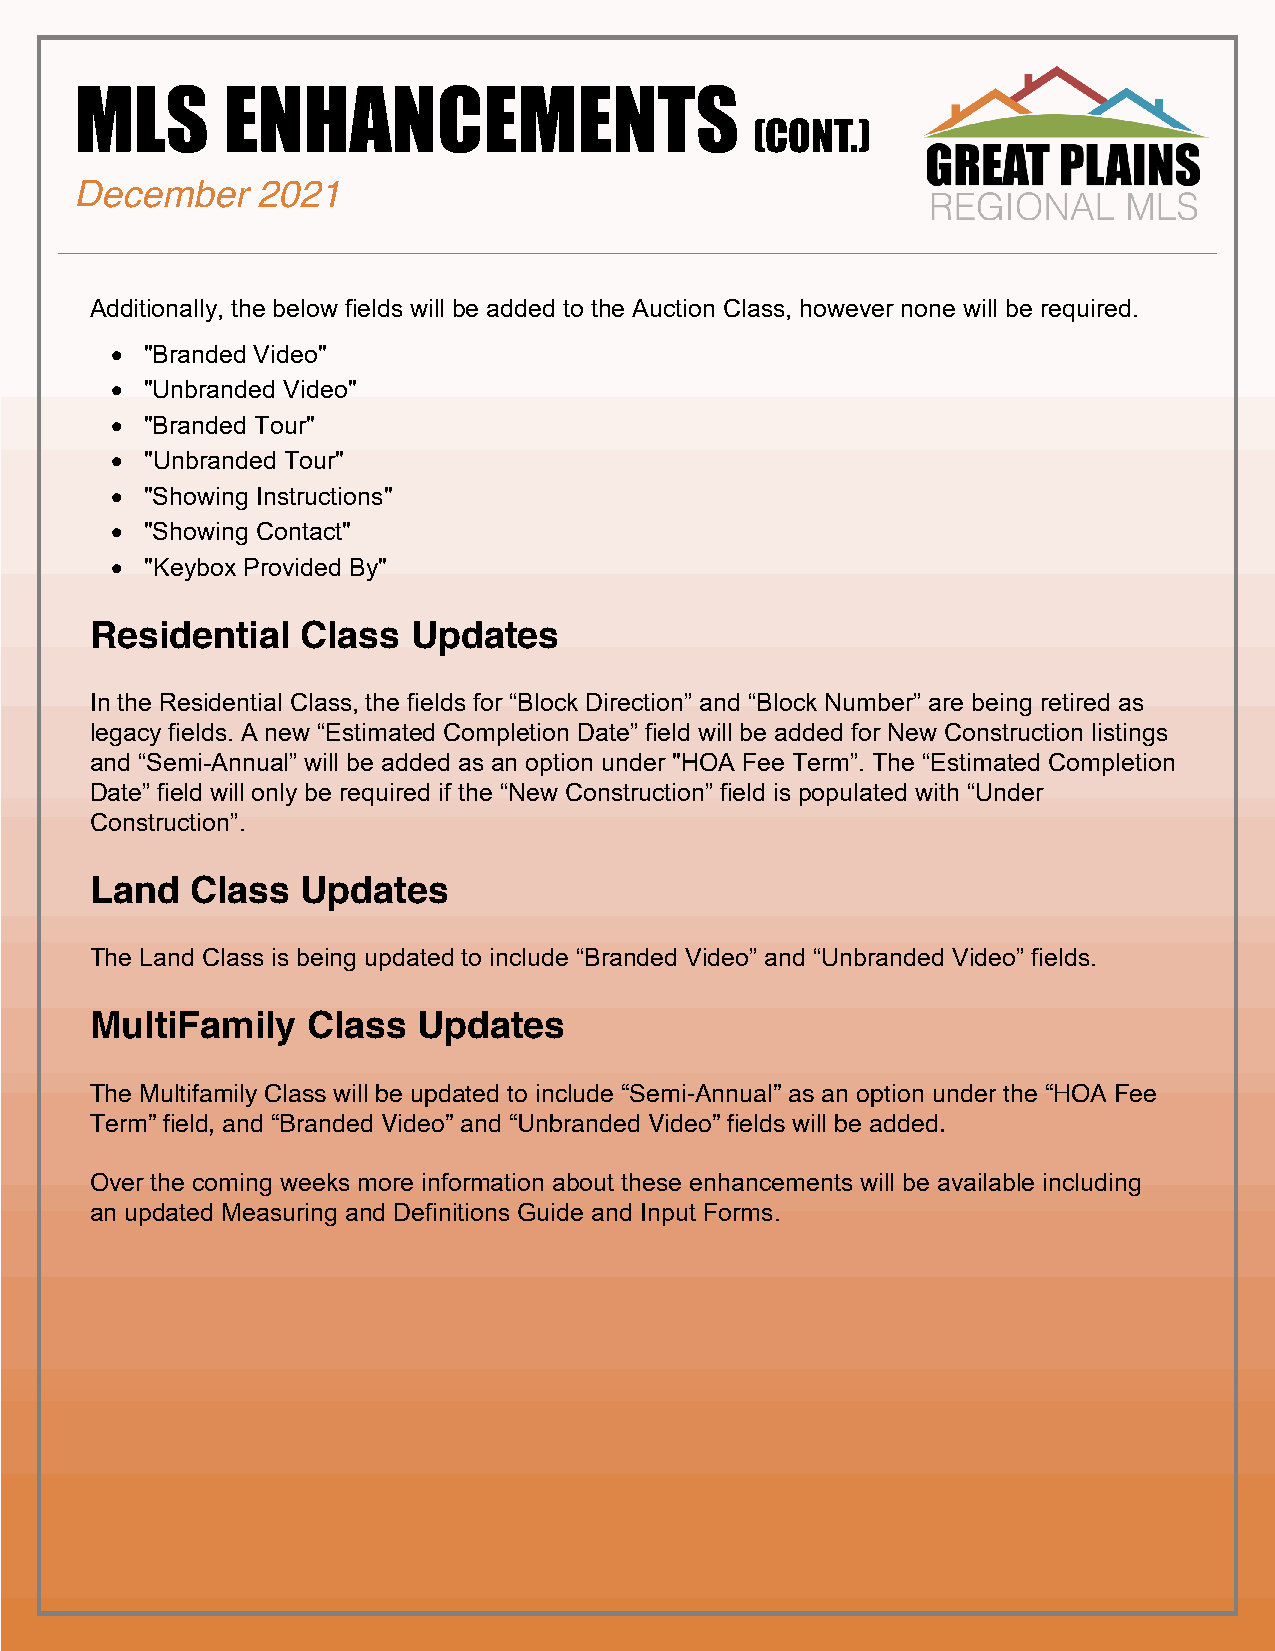
MLS       ENHANCEMENTS
 (CONT.)
 December    2021
 Additionally, the below fields will be added to the Auction Class, however none will be required. • Short term rental rates
 • Invite a friend to sign-up
 •  "Branded Video"
 •  "Unbranded Video"                                                                          With an open rate of over 60%, Homebot reports present opportunities for clients to contact their
 •  "Branded Tour"                                                                             agent if they need help, which can be the spark that agents need to maintain their relationship and
 •  "Unbranded Tour"                                                                           continue to provide useful services well after their initial transaction is complete.
 Homebot offers a 30-day free trial that is designed to create engagement with Sellers and show
 •  "Showing Instructions"
 them what is possible.
 •  "Showing Contact"
 •  "Keybox Provided By"
 Current prices after the 30-day free trial period outlined by Black Knight are as follows:
 • $25/month – 500 Homeowners
 Residential   Class  Updates                                                                     • $35/month 1000 Homeowners
 • Additional unlimited option available by contacting Black Knight.
 In the Residential Class, the fields for “Block Direction” and “Block Number” are being retired as
 Click on the link below for a quick overview video of what Homebot offers and how it is integrated
 legacy fields. A new “Estimated Completion Date” field will be added for New Construction listings
 into Paragon and the Collaboration Center.
 and “Semi-Annual” will be added as an option under "HOA Fee Term”. The “Estimated Completion
 Date” field will only be required if the “New Construction” field is populated with “Under
 Construction”.
 Land   Class  Updates
 The Land Class is being updated to include “Branded Video” and “Unbranded Video” fields.
 MultiFamily   Class   Updates
 The Multifamily Class will be updated to include “Semi-Annual” as an option under the “HOA Fee
 Term” field, and “Branded Video” and “Unbranded Video” fields will be added.
 Over the coming weeks more information about these enhancements will be available including
 an updated Measuring and Definitions Guide and Input Forms.
 The option to include embedded videos in select reports is a new system feature that
 Paragonrecently released. Inputting an embedded video link in a listing will allow for a video
 “thumbnail” to populate on Collab Center and Paragon Connect report views rather than only
 providing a hyperlink out to the video like the current Tour and Video fields.
 The option to add an embedded video will be added on the left Input Maintenance Panel within the
 Listing Input Screen in the same location where the tabs for Maintain Listing, Add/Edit Pictures, View
 Detail Report, Add/Edit Documents, Add/Edit Open House and Add/Edit Tour are located.